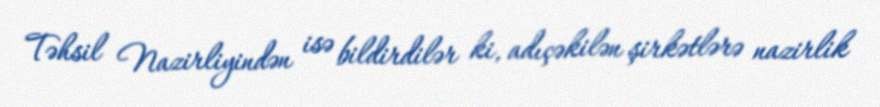
Təhsil Nazirliyindən isə bildirdilər ki, adıçəkilən şirkətlərə nazirlik